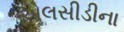
એલસીડીના